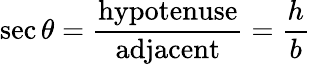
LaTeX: \sec\theta={\frac{\mathrm{hypotenuse}}{\mathrm{adjacent}}}={\frac{h}{b}}